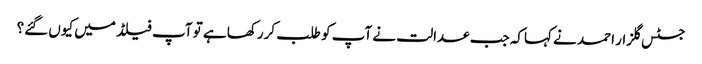
جسٹس گلزار احمد نے کہاکہ جب عدالت نے آپ کو طلب کررکھا ہے تو آپ فیلڈ میں کیوں گئے؟